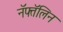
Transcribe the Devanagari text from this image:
नॅफ्तॅलिन